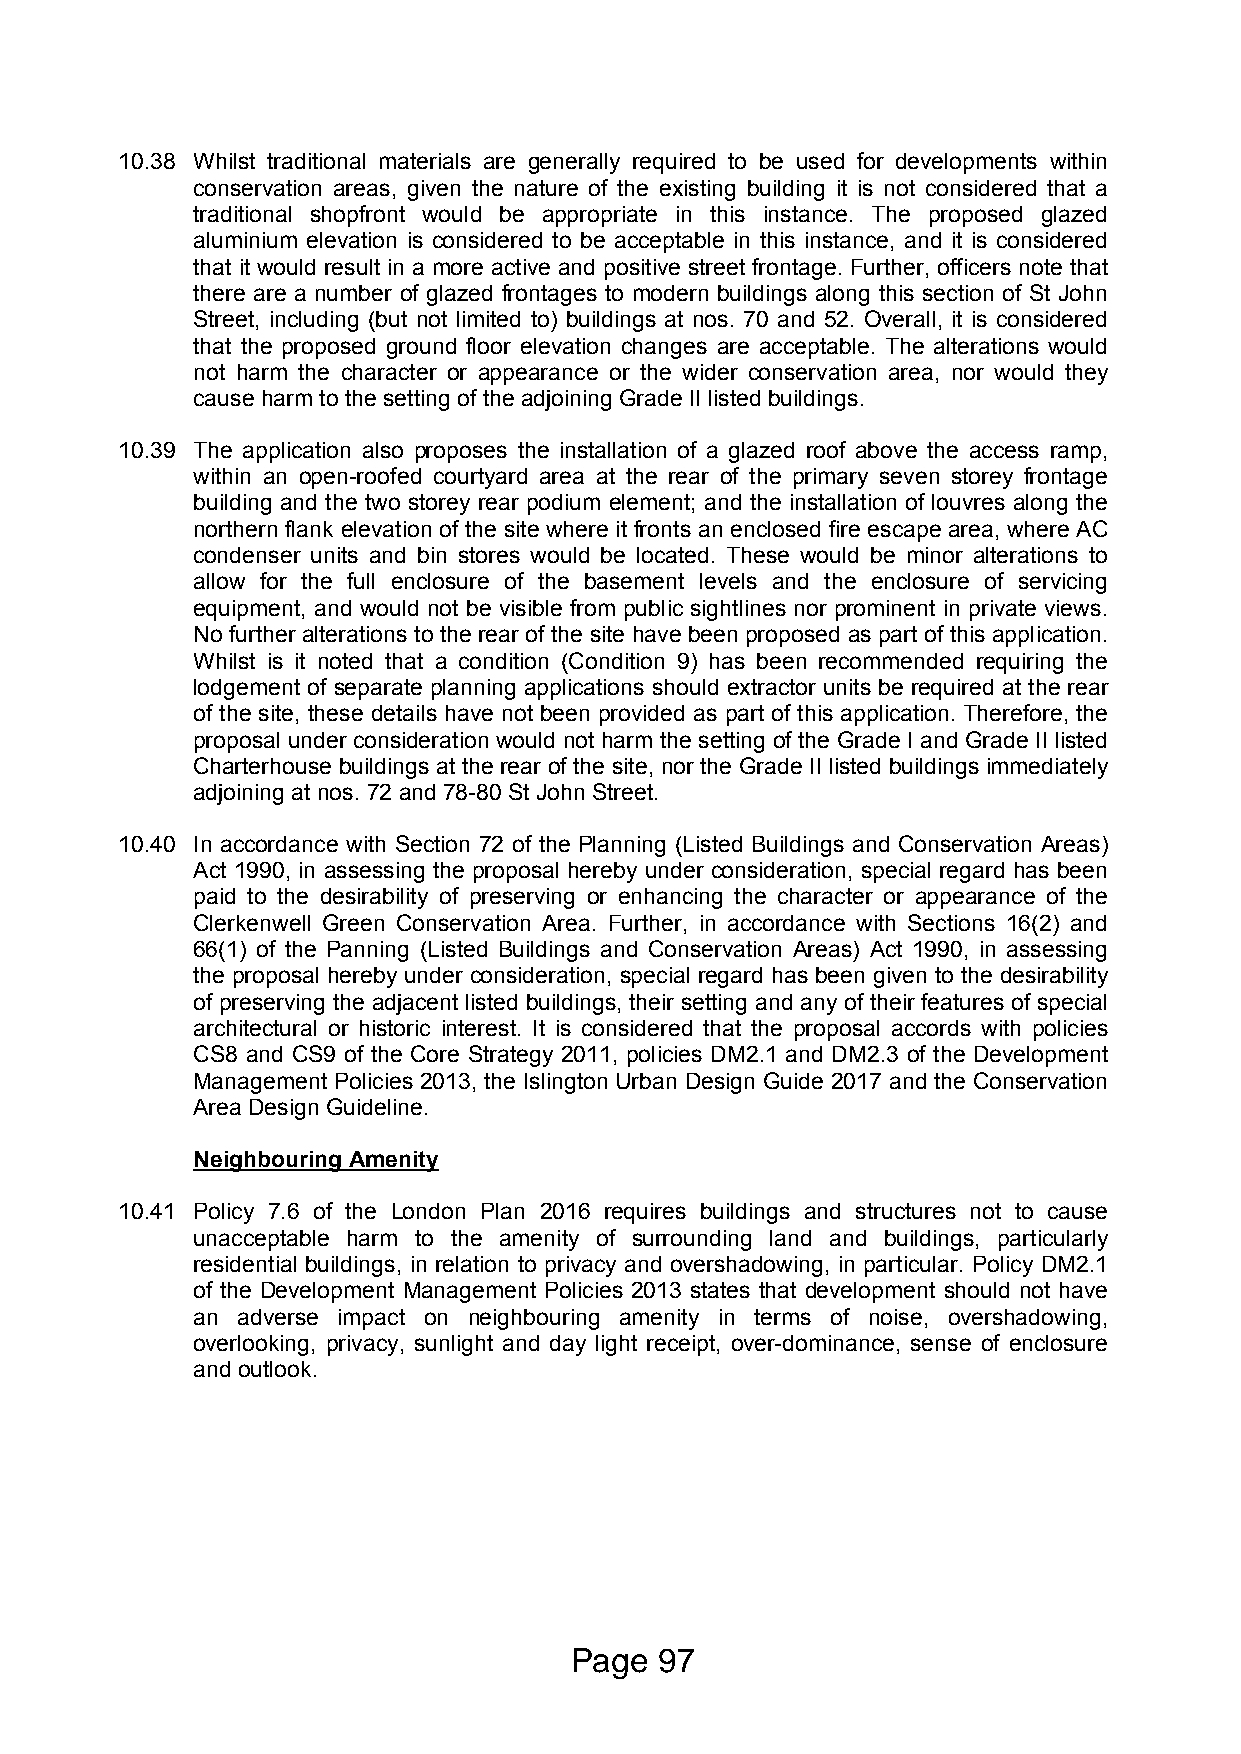
10.38 Whilst traditional materials are generally required to be used for developments within
 conservation areas, given the nature of the existing building it is not considered that a
 traditional shopfront would be appropriate in this instance. The proposed glazed
 aluminium elevation is considered to be acceptable in this instance, and it is considered
 that it would result in a more active and positive street frontage. Further, officers note that
 there are a number of glazed frontages to modern buildings along this section of St John
 Street, including (but not limited to) buildings at nos. 70 and 52. Overall, it is considered
 that the proposed ground floor elevation changes are acceptable. The alterations would
 not harm the character or appearance or the wider conservation area, nor would they
 cause harm to the setting of the adjoining Grade II listed buildings.
 10.39 The application also proposes the installation of a glazed roof above the access ramp,
 within an open-roofed courtyard area at the rear of the primary seven storey frontage
 building and the two storey rear podium element; and the installation of louvres along the
 northern flank elevation of the site where it fronts an enclosed fire escape area, where AC
 condenser units and bin stores would be located. These would be minor alterations to
 allow for the full enclosure of the basement levels and the enclosure of servicing
 equipment, and would not be visible from public sightlines nor prominent in private views.
 No further alterations to the rear of the site have been proposed as part of this application.
 Whilst is it noted that a condition (Condition 9) has been recommended requiring the
 lodgement of separate planning applications should extractor units be required at the rear
 of the site, these details have not been provided as part of this application. Therefore, the
 proposal under consideration would not harm the setting of the Grade I and Grade II listed
 Charterhouse buildings at the rear of the site, nor the Grade II listed buildings immediately
 adjoining at nos. 72 and 78-80 St John Street.
 10.40 In accordance with Section 72 of the Planning (Listed Buildings and Conservation Areas)
 Act 1990, in assessing the proposal hereby under consideration, special regard has been
 paid to the desirability of preserving or enhancing the character or appearance of the
 Clerkenwell Green Conservation Area. Further, in accordance with Sections 16(2) and
 66(1) of the Panning (Listed Buildings and Conservation Areas) Act 1990, in assessing
 the proposal hereby under consideration, special regard has been given to the desirability
 of preserving the adjacent listed buildings, their setting and any of their features of special
 architectural or historic interest. It is considered that the proposal accords with policies
 CS8 and CS9 of the Core Strategy 2011, policies DM2.1 and DM2.3 of the Development
 Management Policies 2013, the Islington Urban Design Guide 2017 and the Conservation
 Area Design Guideline.
 Neighbouring Amenity
 10.41 Policy 7.6 of the London Plan 2016 requires buildings and structures not to cause
 unacceptable harm to the amenity of surrounding land and buildings, particularly
 residential buildings, in relation to privacy and overshadowing, in particular. Policy DM2.1
 of the Development Management Policies 2013 states that development should not have
 an adverse impact on neighbouring amenity in terms of noise, overshadowing,
 overlooking, privacy, sunlight and day light receipt, over-dominance, sense of enclosure
 and outlook.
 Page  97